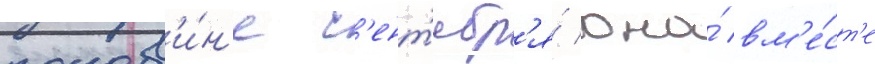
полов'и́н'е с'ент'ябр'я́ она́ вм'е́ст'е